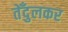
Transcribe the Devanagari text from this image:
तेँदुलकर